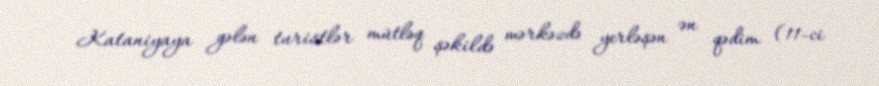
Kataniyaya gələn turistlər mütləq şəkildə mərkəzdə yerləşən ən qədim (11-ci